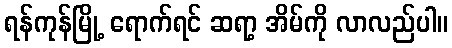
ရန်ကုန်မြို့ ရောက်ရင် ဆရာ့ အိမ်ကို လာလည်ပါ။